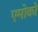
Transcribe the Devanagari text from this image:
एमोको